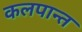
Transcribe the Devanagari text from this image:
कलपान्त